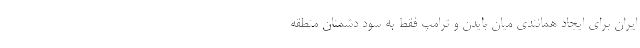
ایران برای ایجاد همانندی میان بایدن و ترامپ فقط به سود دشمنان منطقه